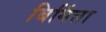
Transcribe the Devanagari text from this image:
बिगिंत्ता